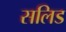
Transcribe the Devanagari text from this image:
सलिड